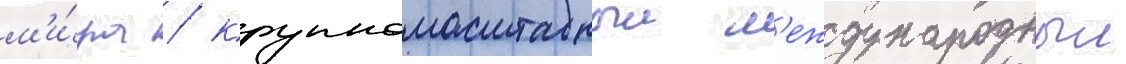
м'и́ра / крупномасштабныи м'еждународныи